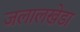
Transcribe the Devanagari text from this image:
जलालखेडा